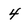
Character: 4